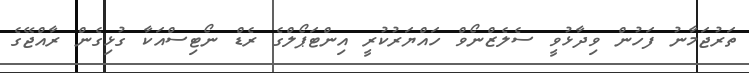
ތަރުޖަމާނު ފަހުން ވިދާޅުވީ ސެލެޒްނޯވް ހައްޔަރުކުރީ އިންޓަޕޯލްގެ ރެޑް ނޯޓިސްއަކާ ގުޅިގެން ރާއްޖޭގެ